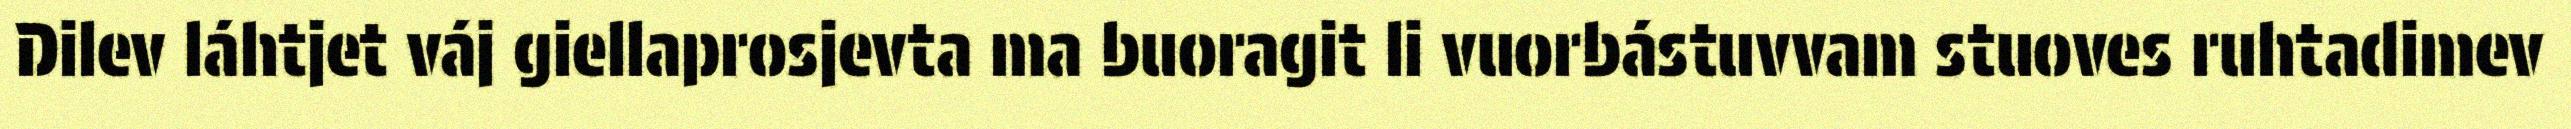
Dilev láhtjet váj giellaprosjevta ma buoragit li vuorbástuvvam stuoves ruhtadimev